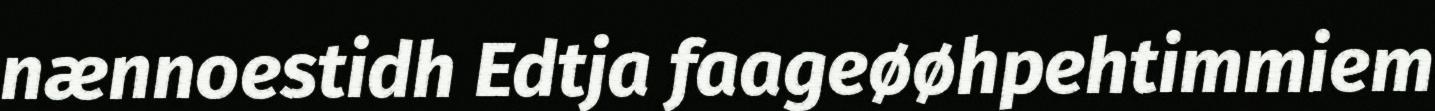
nænnoestidh Edtja faageøøhpehtimmiem